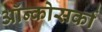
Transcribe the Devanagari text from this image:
ऑन्कोसर्का